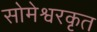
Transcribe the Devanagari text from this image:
सोमेश्वरकृत